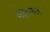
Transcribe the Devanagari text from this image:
अलसस